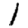
Digit: 1